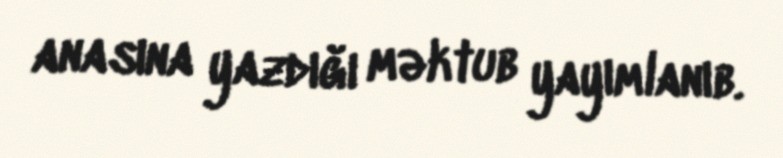
anasına yazdığı məktub yayımlanıb.